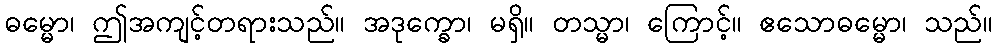
ဓမ္မော၊ ဤအကျင့်တရားသည်။ အဒုက္ခော၊ မရှိ။ တသ္မာ၊ ကြောင့်။ ဧသောဓမ္မော၊ သည်။